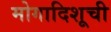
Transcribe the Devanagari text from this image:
मोगादिशूची